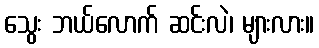
သွေး ဘယ်လောက် ဆင်းလဲ၊ များလား။